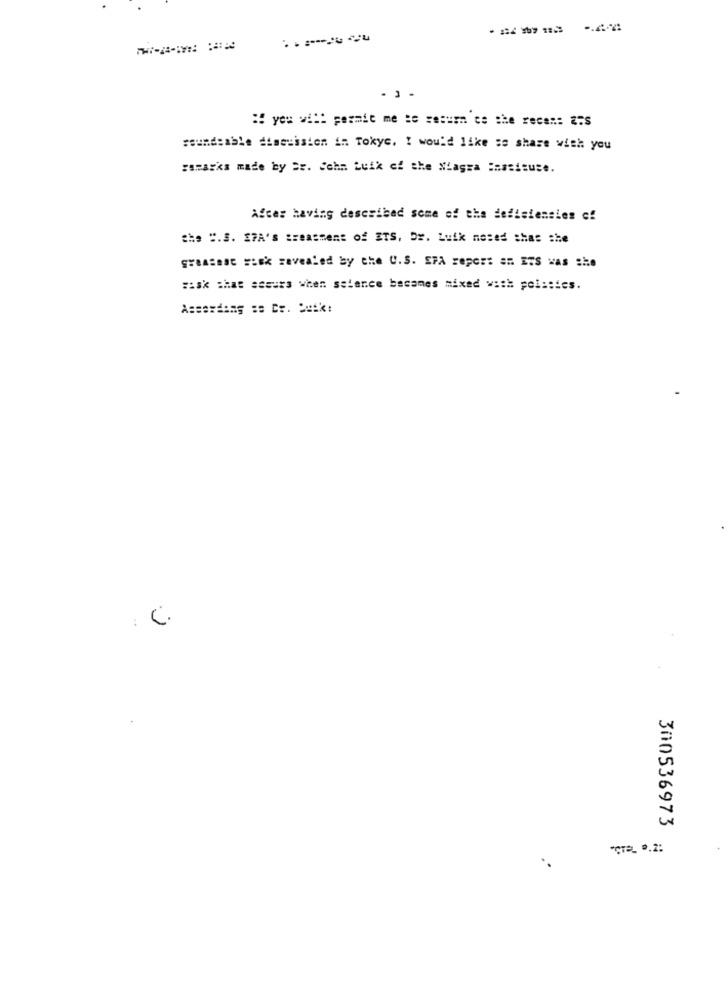
------
: you will permit me se sesumm ce the reces: Z:S
soundsable dimecision in Tokyc. I would like se share with you
Forasks made by Ss. Schn Luik ef she Niagra :assisuse.
After having described some of the defisiensies ef
the ".S. E7A's treatment of ETS, Dr. Luik mosed shas she
greatest sisk revealed by the U.S. SPA report am ETS was she
Fisk that acours when ssience becames mixed with politics.
..
C.
300536973
"CTEL 9.2: